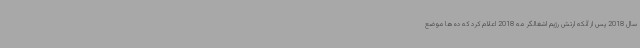
سال 2018 پس از آنکه ارتش رژیم اشغالگر مه 2018 اعلام کرد که ده‌ها موضع